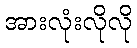
အားလုံးလိုလို